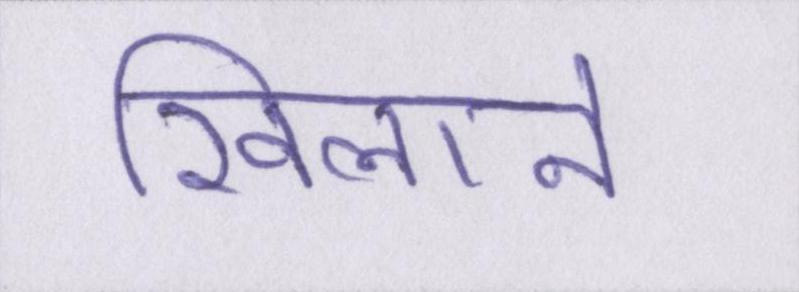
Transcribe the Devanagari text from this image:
खिलाने